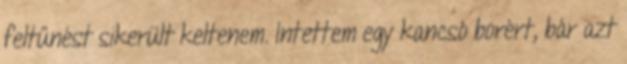
feltűnést sikerült keltenem. Intettem egy kancsó borért, bár azt